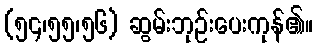
(၅၄၊၅၅၊၅၆) ဆွမ်းဘုဉ်းပေးကုန်၏။